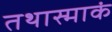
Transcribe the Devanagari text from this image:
तथास्माकं